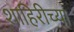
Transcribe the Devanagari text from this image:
शाहिरीच्या